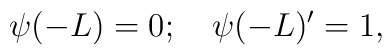
\psi(-L)=0; \quad  \psi(-L)'=1,